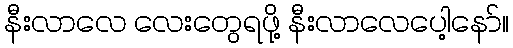
နီးလာလေ လေးတွေရဖို့ နီးလာလေပေါ့နော်။